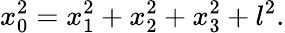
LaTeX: x_{0}^{2}=x_{1}^{2}+x_{2}^{2}+x_{3}^{2}+l^{2}.